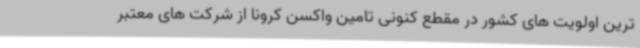
ترین اولویت های کشور در مقطع کنونی تامین واکسن کرونا از شرکت های معتبر